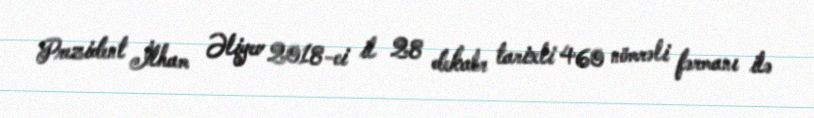
Prezident İlham Əliyev 2018-ci il 28 dekabr tarixli 460 nömrəli fərmanı ilə